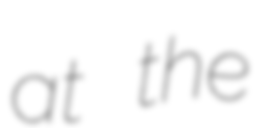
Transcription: at the